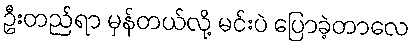
ဦးတည်ရာ မှန်တယ်လို့ မင်းပဲ ပြောခဲ့တာလေ